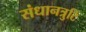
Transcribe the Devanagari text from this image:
संधानत्रुटि